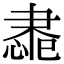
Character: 䏋